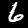
Digit: 6